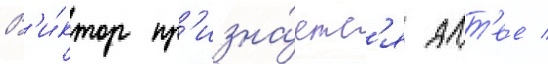
В'и́ктор пр'изна́етс'я алт'ее /